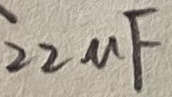
Text: 22µF